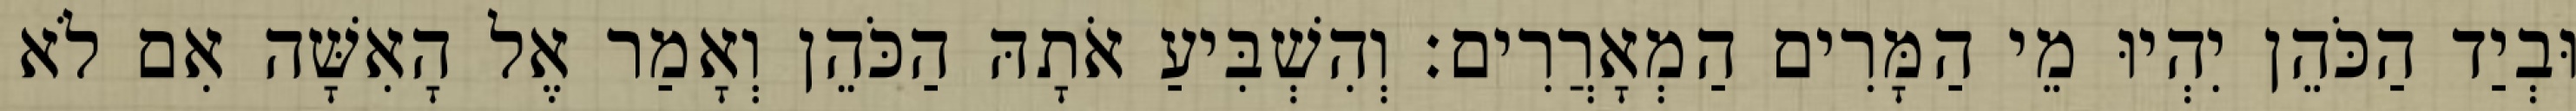
וּבְיַד הַכֹּהֵן יִהְיוּ מֵי הַמָּרִים הַמְאָרֲרִים׃ וְהִשְׁבִּיעַ אֹתָהּ הַכֹּהֵן וְאָמַר אֶל הָאִשָּׁה אִם לֹא